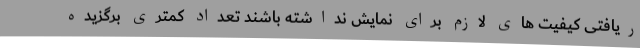
ریافتی کیفیت های لازم برای نمایش نداشته باشند تعداد کمتری برگزیده